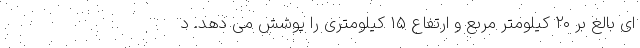
ای بالغ بر ۲۰ کیلومتر مربع و ارتفاع ۱۵ کیلومتری را پوشش می دهد. د